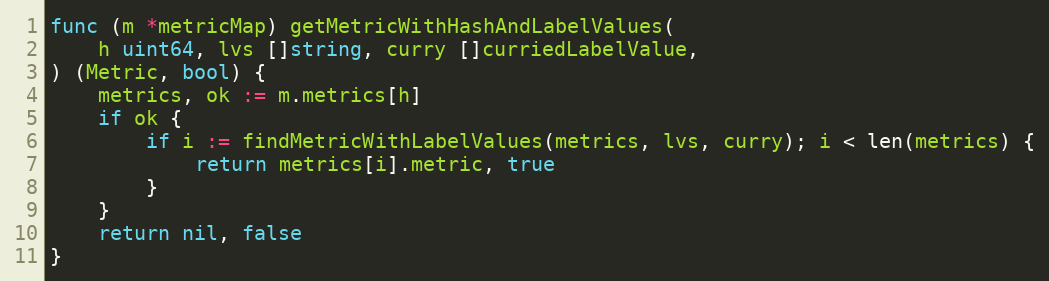
Language: Go
func (m *metricMap) getMetricWithHashAndLabelValues(
	h uint64, lvs []string, curry []curriedLabelValue,
) (Metric, bool) {
	metrics, ok := m.metrics[h]
	if ok {
		if i := findMetricWithLabelValues(metrics, lvs, curry); i < len(metrics) {
			return metrics[i].metric, true
		}
	}
	return nil, false
}